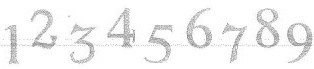
123456789